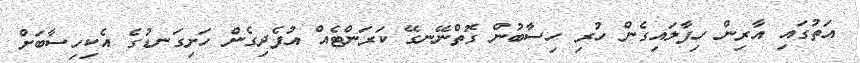
އަތުގައި އާރިން ހިފާލައިގެން ހުރި ހިސާބުން ގޮތްނޭނގޭ ކަރަންޓެއް އުފެދިގެން ހަށިގަނޑުގެ އެކިހިސާބަށް